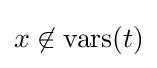
x\not \in {\text{vars}}(t)